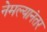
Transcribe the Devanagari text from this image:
नेमल्यानंतर